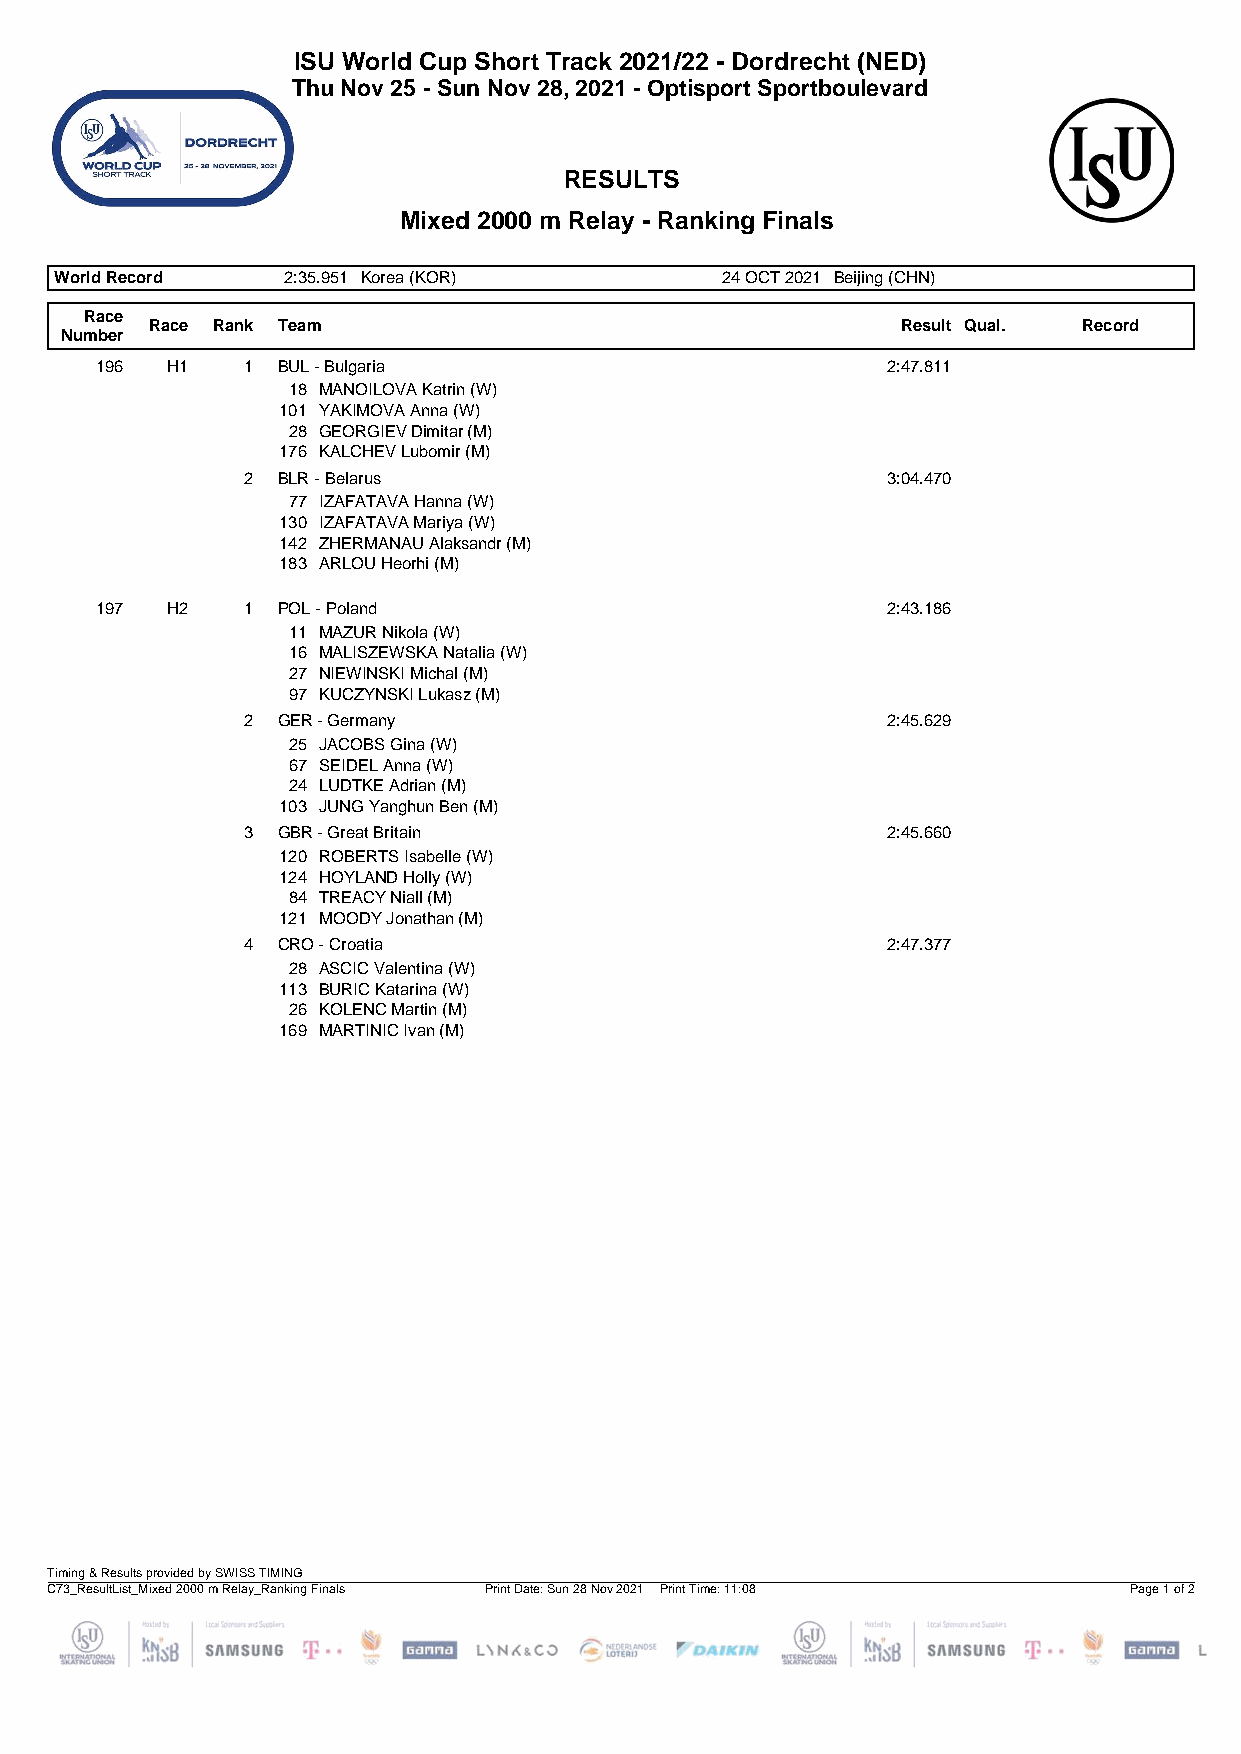
ISU World Cup Short Track 2021/22 - Dordrecht (NED)
 Thu Nov 25 - Sun Nov 28, 2021 - Optisport Sportboulevard
 RESULTS
 Mixed 2000 m Relay - Ranking Finals
 World Record   2:35.951 Korea (KOR)         24 OCT 2021 Beijing (CHN)
 Race
 Race Rank Team                                    Result Qual. Record
 Number
 196  H1   1 BUL - Bulgaria                           2:47.811
 18 MANOILOVA Katrin (W)
 101 YAKIMOVA Anna (W)
 28 GEORGIEV Dimitar (M)
 176 KALCHEV Lubomir (M)
 2 BLR - Belarus                            3:04.470
 77 IZAFATAVA Hanna (W)
 130 IZAFATAVA Mariya (W)
 142 ZHERMANAU Alaksandr (M)
 183 ARLOU Heorhi (M)
 197  H2   1 POL - Poland                             2:43.186
 11 MAZUR Nikola (W)
 16 MALISZEWSKA Natalia (W)
 27 NIEWINSKI Michal (M)
 97 KUCZYNSKI Lukasz (M)
 2 GER - Germany                            2:45.629
 25 JACOBS Gina (W)
 67 SEIDEL Anna (W)
 24 LUDTKE Adrian (M)
 103 JUNG Yanghun Ben (M)
 3 GBR - Great Britain                      2:45.660
 120 ROBERTS Isabelle (W)
 124 HOYLAND Holly (W)
 84 TREACY Niall (M)
 121 MOODY Jonathan (M)
 4 CRO - Croatia                            2:47.377
 28 ASCIC Valentina (W)
 113 BURIC Katarina (W)
 26 KOLENC Martin (M)
 169 MARTINIC Ivan (M)
 Timing & Results provided by SWISS TIMING
 C73_ResultList_Mixed 2000 m Relay_Ranking Finals Print Date: Sun 28 Nov 2021 Print Time: 11:08 Page 1 of 2